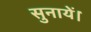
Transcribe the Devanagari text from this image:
सुनायें।